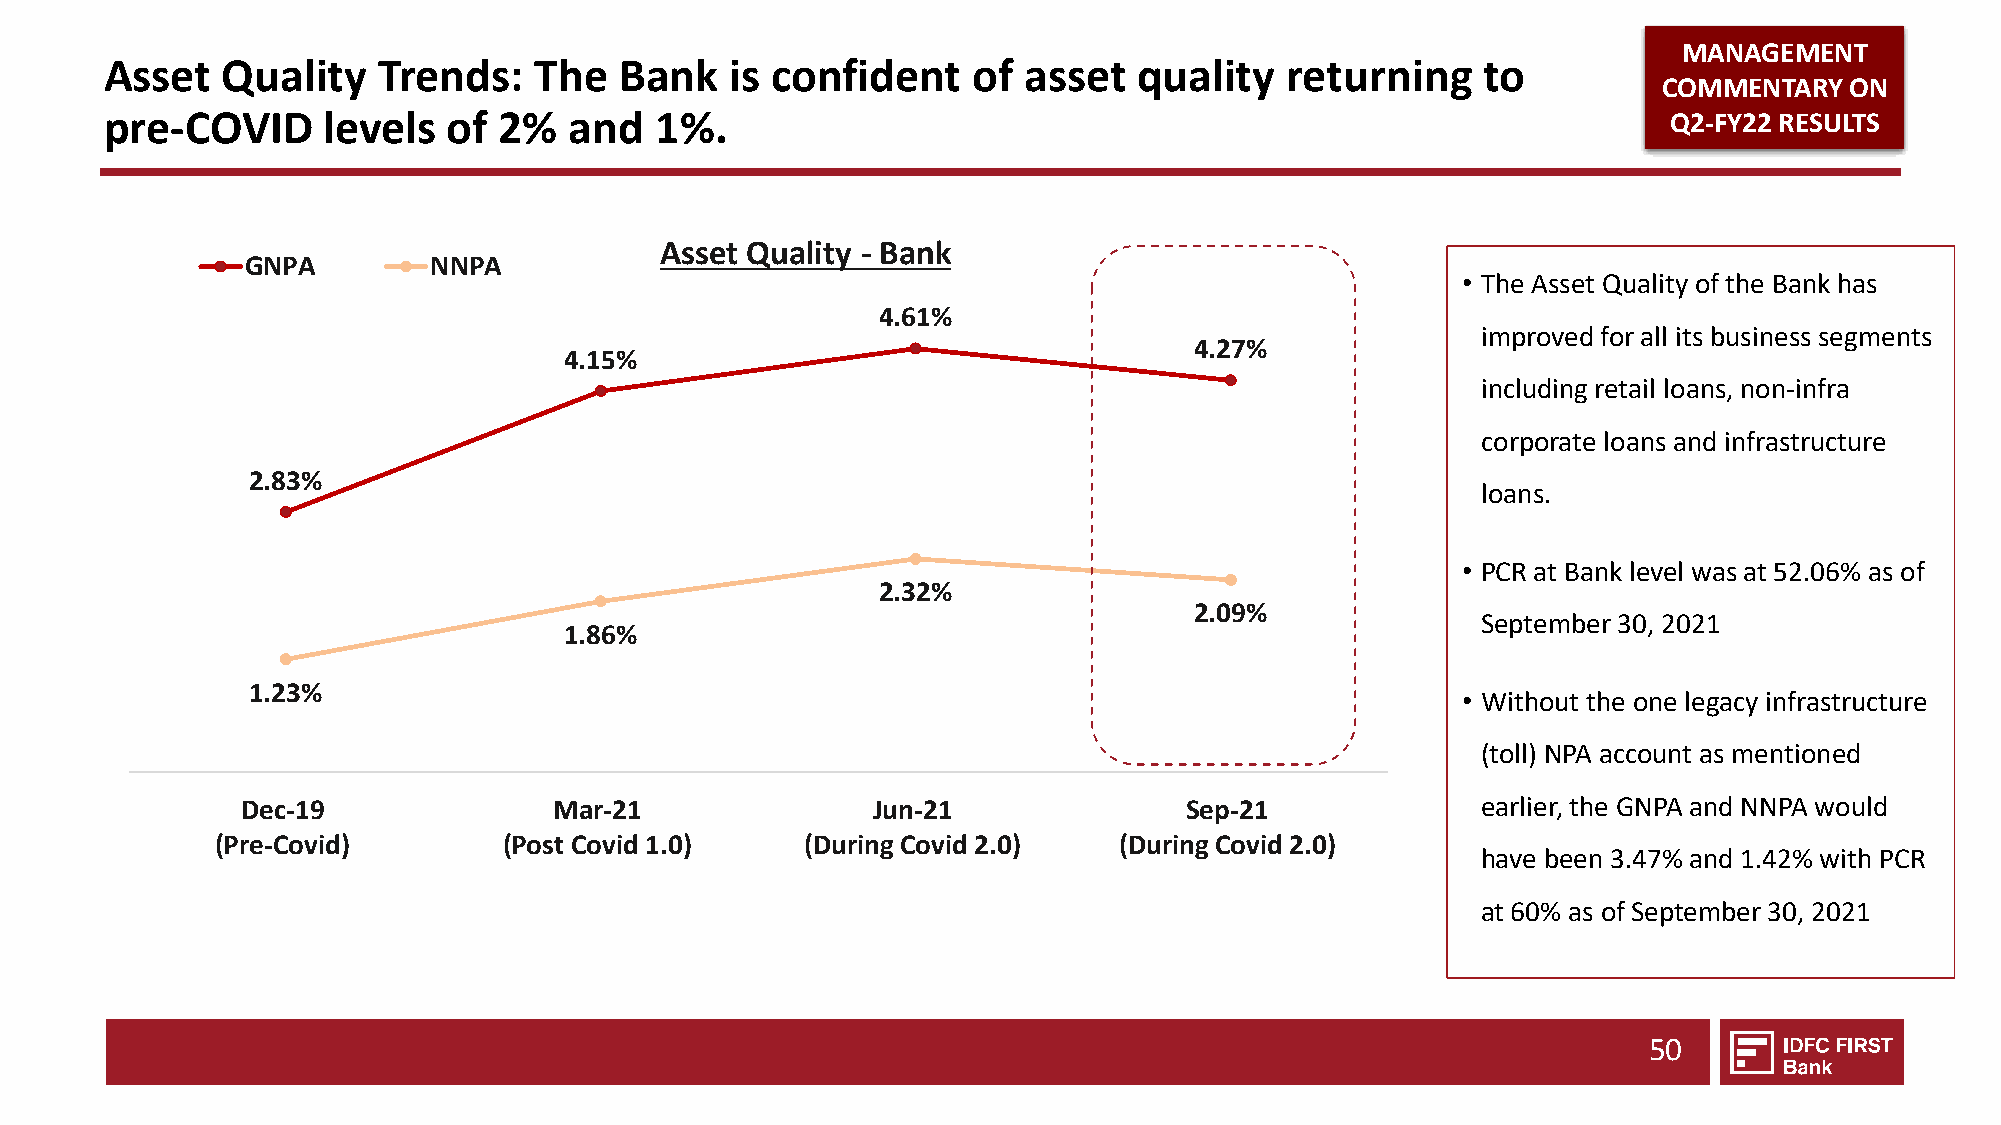
MANAGEMENT
 Asset   Quality   Trends:   The   Bank   is confident    of  asset  quality   returning    to
 COMMENTARY  ON
 pre-COVID     levels   of 2%   and  1%.                                                                 Q2-FY22 RESULTS
 Asset Quality - Bank
 GNPA        NNPA
 • The Asset Quality of the Bank has
 4.61%
 improved for all its business segments
 4.27%
 4.15%
 including retail loans, non-infra
 corporate loans and infrastructure
 2.83%
 loans.
 • PCR at Bank level was at 52.06% as of
 2.32%
 2.09%
 September 30, 2021
 1.86%
 1.23%
 • Without the one legacy infrastructure
 (toll) NPA account as mentioned
 Dec-19               Mar-21               Jun-21               Sep-21             earlier, the GNPA and NNPA would
 (Pre-Covid)        (Post Covid 1.0)    (During Covid 2.0)   (During Covid 2.0)
 have been 3.47% and 1.42% with PCR
 at 60% as of September 30, 2021
 50